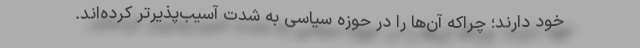
خود دارند؛ چراکه آن‌ها را در حوزه سیاسی به شدت آسیب‌پذیرتر کرده‌اند.